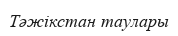
Тәжікстан таулары